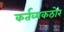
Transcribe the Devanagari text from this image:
कर्तव्यकठोर